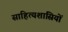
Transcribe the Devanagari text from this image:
साहित्यशास्रियों